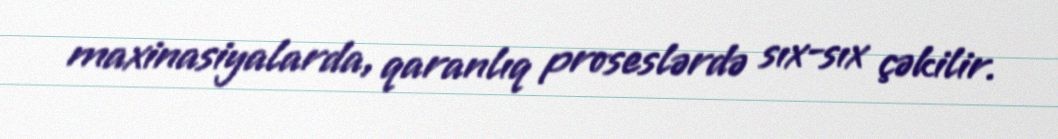
maxinasiyalarda, qaranlıq proseslərdə sıx-sıx çəkilir.